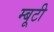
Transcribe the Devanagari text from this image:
म्बूटी